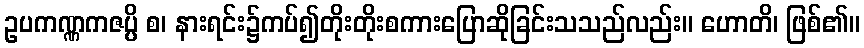
ဥပကဏ္ဏကဇပ္ပိ စ၊ နားရင်း၌ကပ်၍တိုးတိုးစကားပြောဆိုခြင်းသသည်လည်း။ ဟောတိ၊ ဖြစ်၏။